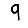
Digit: 9